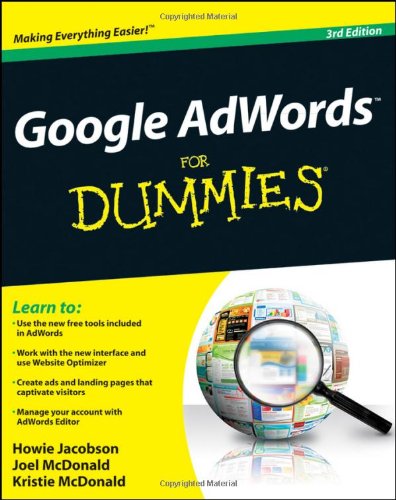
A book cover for Google AdWords For Dummies; Howie Jacobson; Computers & Technology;